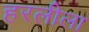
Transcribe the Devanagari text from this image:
हरलीला